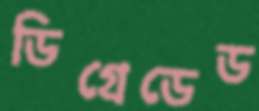
ডিগ্রেডেড